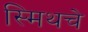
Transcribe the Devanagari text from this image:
स्मिथचे